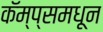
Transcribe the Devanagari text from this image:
कॅम्प्समधून